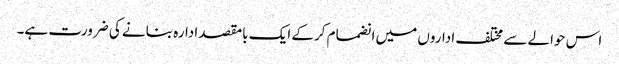
اس حوالے سے مختلف اداروں میں انضمام کرکے ایک بامقصد ادارہ بنانے کی ضرورت ہے۔